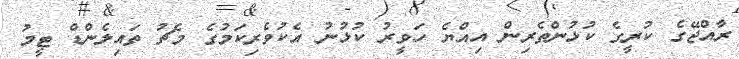
ރާއްޖޭގެ ކުރީގެ ކުޅުންތެރިން އިއްޔެ ހަވީރު ކުޅުނު އެކުވެރިކަމުގެ މެޗު ތައިލެންޑް ޓީމު